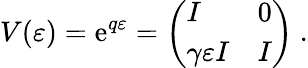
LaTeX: V(\varepsilon)=\mathrm{e}^{q\varepsilon}=\left(\begin{array}{ll}{{I}}&{{0}}\\ {{\gamma\varepsilon I}}&{{I}}\end{array}\right)~.